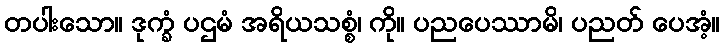
တပါးသော။ ဒုက္ခံ ပဌမံ အရိယသစ္စံ၊ ကို။ ပညပေဿာမိ၊ ပညတ် ပေအံ့။